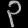
Digit: ၃